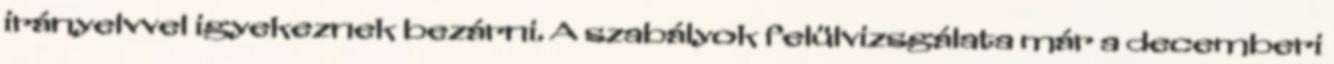
irányelvvel igyekeznek bezárni. A szabályok felülvizsgálata már a decemberi